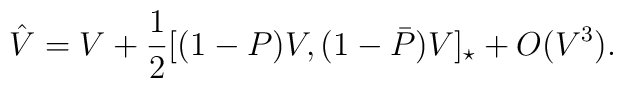
\hat{V}=V+\frac{1}{2}[(1-P)V,(1-\bar{P})V]_\star+O(V^3).